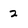
Character: 2